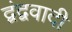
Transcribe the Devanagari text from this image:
द्वंद्ववादी